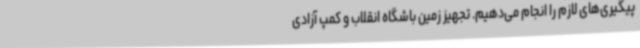
پیگیری‌های لازم را انجام می‌دهیم. تجهیز زمین باشگاه انقلاب و کمپ آزادی